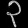
Digit: ၃